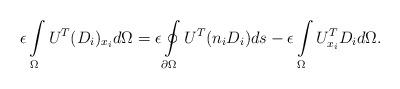
LaTeX: \begin{align*} \epsilon \int\limits_{\Omega}U^T (D_i)_{x_i} d \Omega = \epsilon \oint\limits_{\partial\Omega} U^T (n_i D_i) ds - \epsilon \int\limits_{\Omega}U_{x_i} ^T D_i d \Omega.\end{align*}